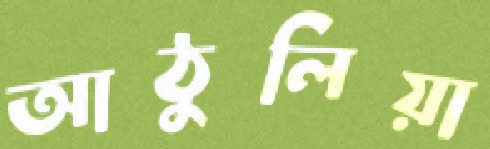
আঠুলিয়া